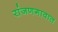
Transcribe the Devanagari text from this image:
रांजणगावात